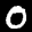
Label: 0